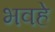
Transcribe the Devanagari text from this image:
भवहे